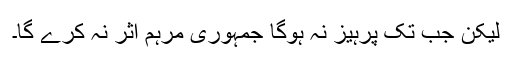
لیکن جب تک پرہیز نہ ہوگا جمہوری مرہم اثر نہ کرے گا۔